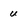
Character: u